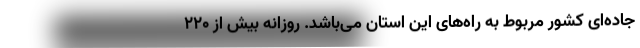
جاده‌ای کشور مربوط به راه‌های این استان می‌باشد. روزانه بیش از ۲۲۰